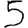
Digit: 5